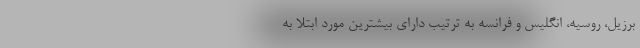
برزیل، روسیه، انگلیس و فرانسه به ترتیب دارای بیشترین مورد ابتلا به